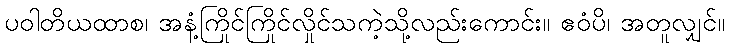
ပဝါတိယထာစ၊ အနံ့ကြိုင်ကြိုင်လှိုင်သကဲ့သို့လည်းကောင်း။ ဧဝံပိ၊ အတူလျှင်။